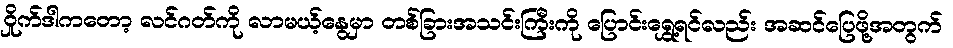
ဝှိုက်ဒါကတော့ လင်ဂတ်ကို လာမယ့်နွေမှာ တစ်ခြားအသင်းကြီးကို ပြောင်းရွှေ့ရင်လည်း အဆင်ပြေဖို့အတွက်